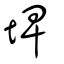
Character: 埤